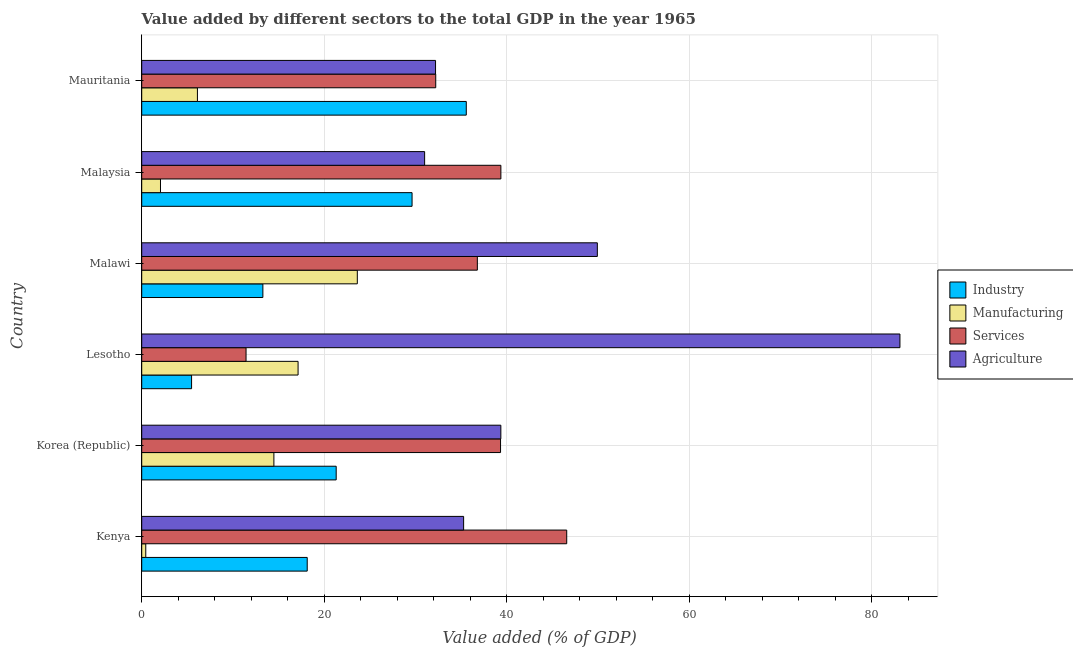
| Country | Industry | Manufacturing | Services | Agriculture |
 | --- | --- | --- | --- | --- |
 | Kenya | 18.1 | 0.442 | 46.6 | 35.3 |
 | Korea (Republic) | 21.3 | 14.5 | 39.3 | 39.4 |
 | Lesotho | 5.46 | 17.1 | 11.4 | 83.1 |
 | Malawi | 13.3 | 23.6 | 36.8 | 49.9 |
 | Malaysia | 29.6 | 2.06 | 39.4 | 31 |
 | Mauritania | 35.6 | 6.11 | 32.2 | 32.2 |